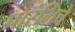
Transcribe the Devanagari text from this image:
प्रारंभिचे